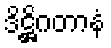
ဒိဋ္ဌိဂတာနံ